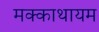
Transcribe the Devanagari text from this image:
मक्काथायम